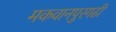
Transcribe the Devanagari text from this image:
मकवानपुरगढी